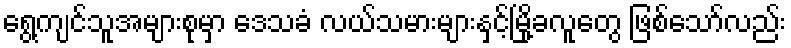
ရွေ့ကျင်သူအများစုမှာ ဒေသခံ လယ်သမားများနှင့်မြို့ခလူတွေ ဖြစ်သော်လည်း